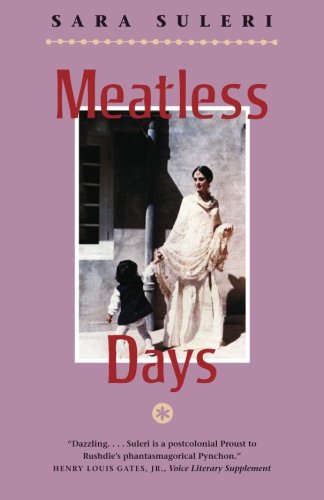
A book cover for Meatless Days; Sara Suleri Goodyear; History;